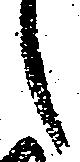
候